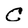
Character: C